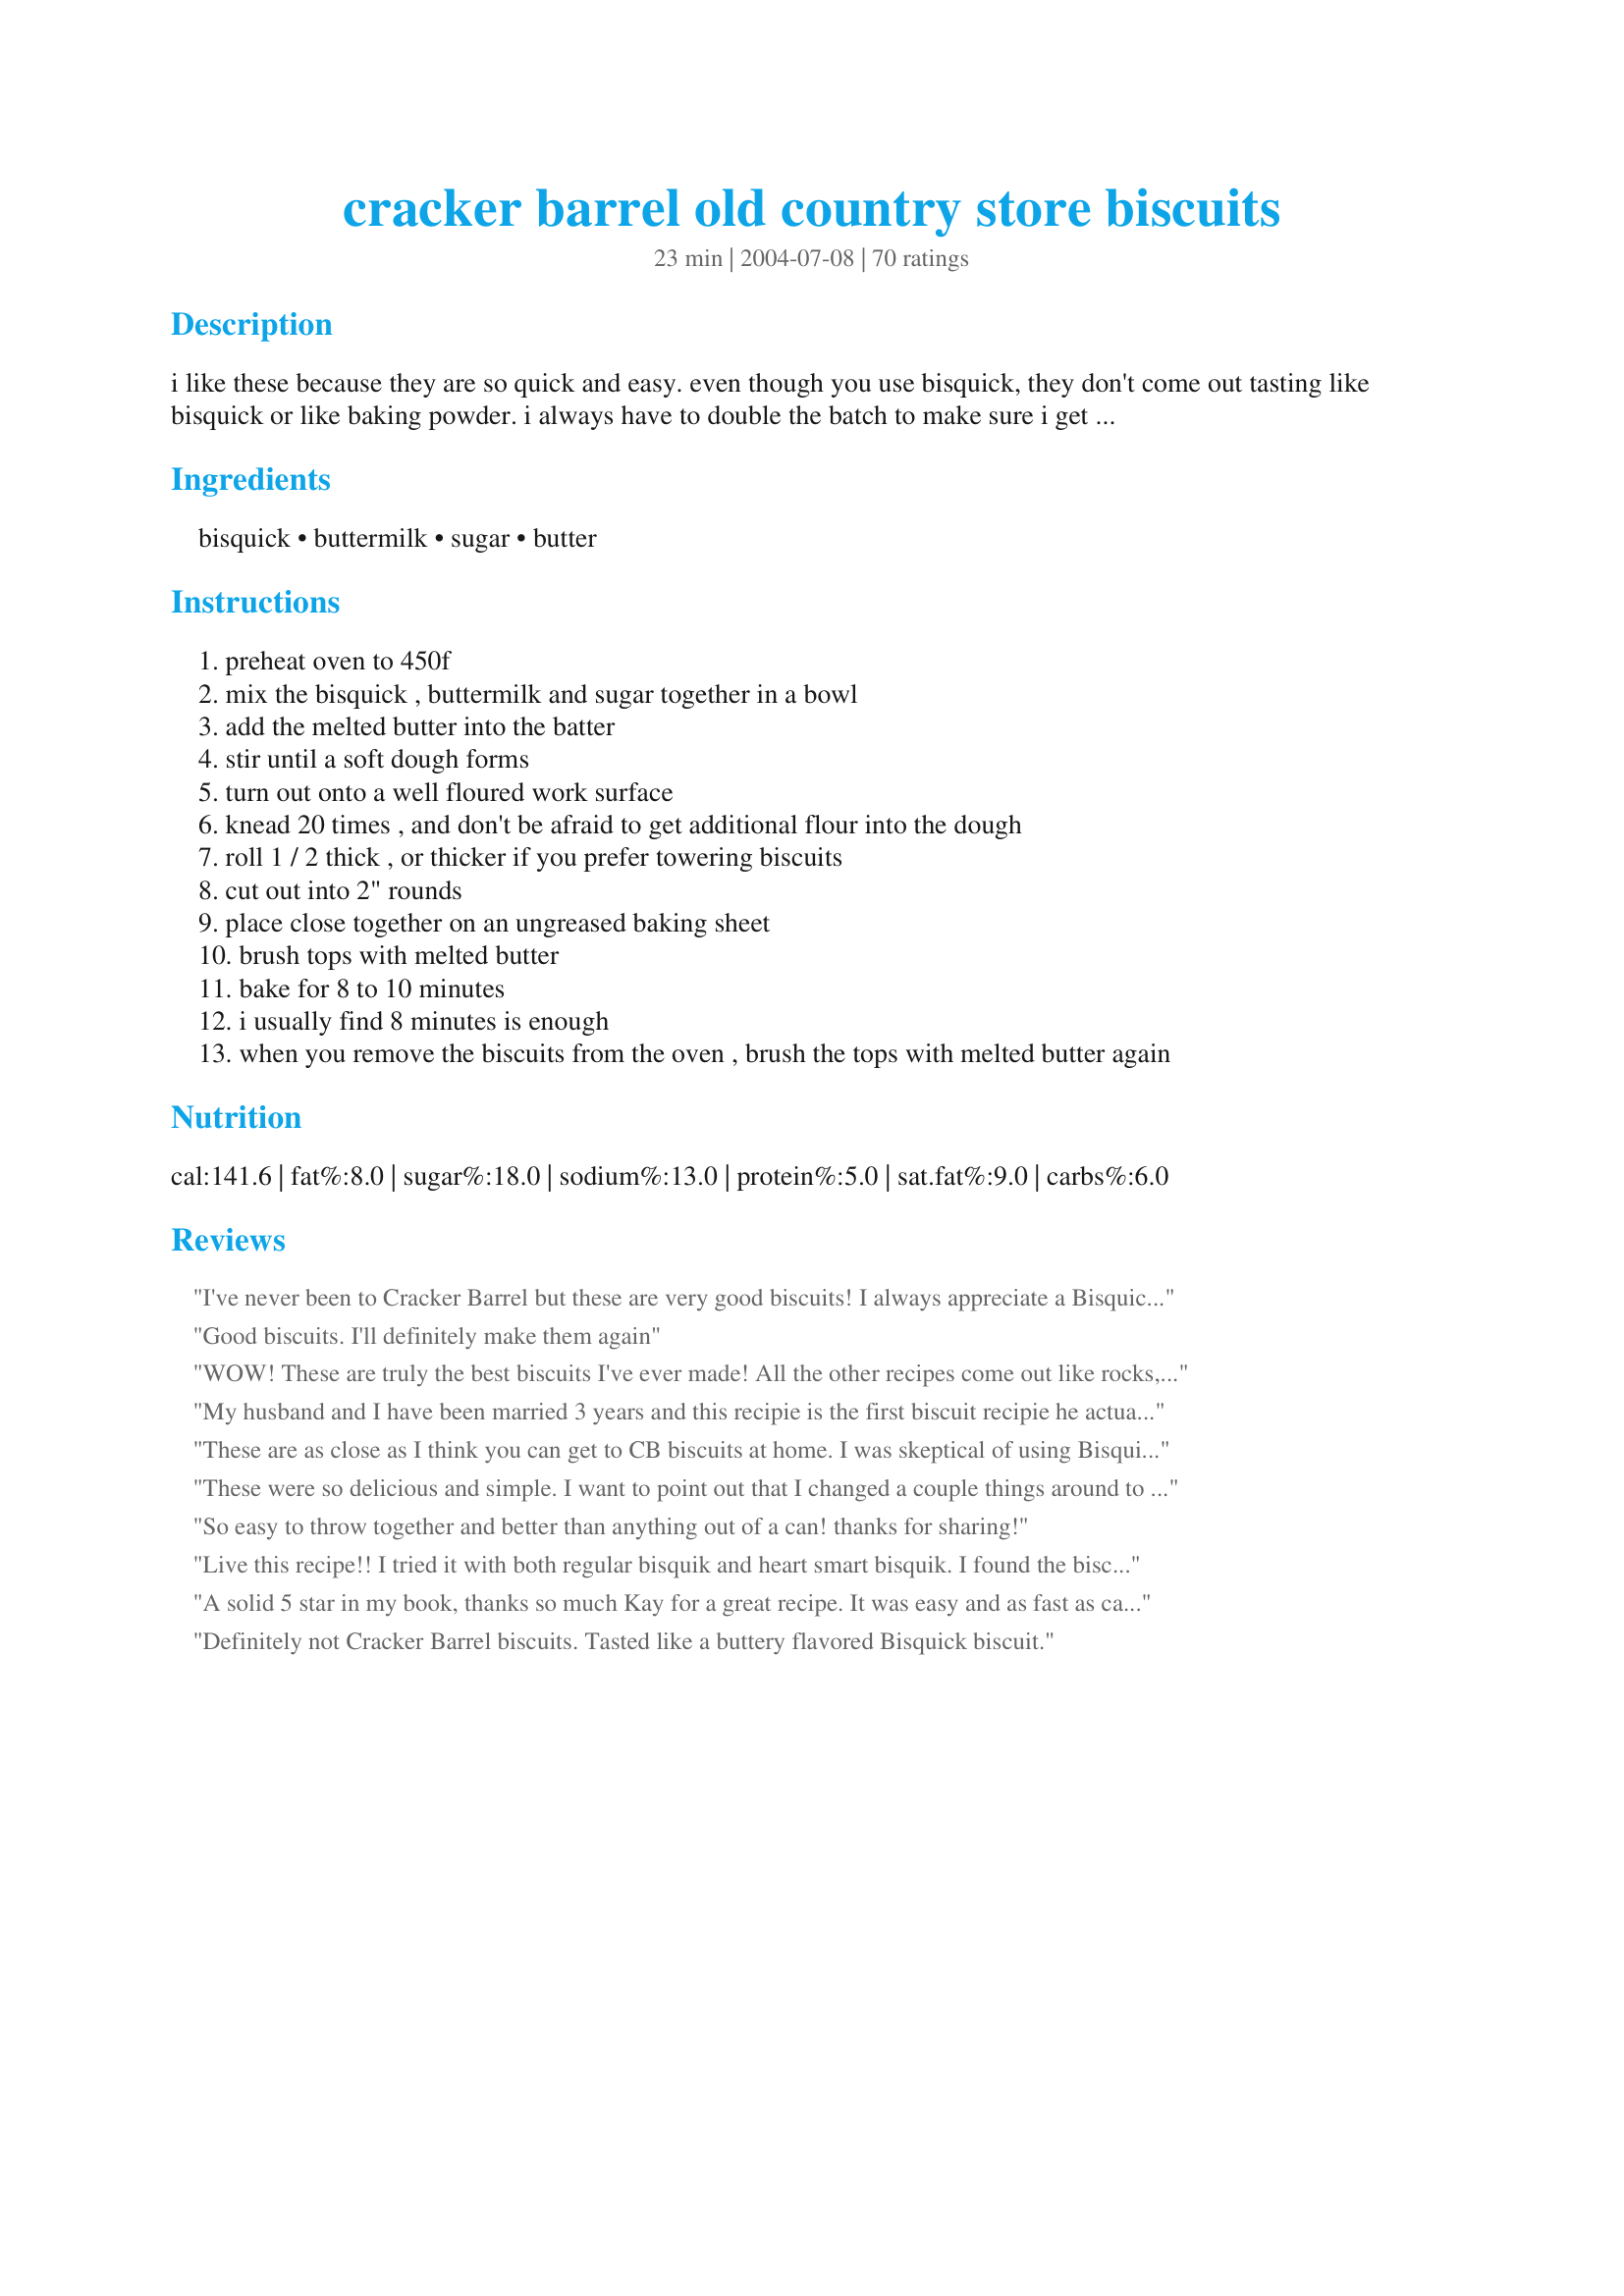
cracker barrel old country store biscuits
Preparation time: 23 minutes

i like these because they are so quick and easy. even though you use bisquick, they don't come out tasting like bisquick or like baking powder. i always have to double the batch to make sure i get some!

Ingredients:
bisquick, buttermilk, sugar, butter

Steps:
preheat oven to 450f
mix the bisquick , buttermilk and sugar together in a bowl
add the melted butter into the batter
stir until a soft dough forms
turn out onto a well floured work surface
knead 20 times , and don't be afraid to get additional flour into the dough
roll 1 / 2 thick , or thicker if you prefer towering biscuits
cut out into 2" rounds
place close together on an ungreased baking sheet
brush tops with melted butter
bake for 8 to 10 minutes
i usually find 8 minutes is enough
when you remove the biscuits from the oven , brush the tops with melted butter again

Reviews:
I've never been to Cracker Barrel but these are very good biscuits! I always appreciate a Bisquick recipe, since their rising is so reliable. I got 6 fairly large biscuits. Thanks Kay, for posting.

Roxygirl
Good biscuits. I'll definitely make them again
WOW! These are truly the best biscuits I've ever made! All the other recipes come out like rocks, but these were huge, fluffy, delicious biscuits. You're right when you say that the dough is very forgiving. I live in Puerto Rico, so dough recipes usually come out bad because of the extra flour I have to add due to the humidity, but not this one! I added probably 1/4 cup of extra flour because I dusted the surface with it and sprinkled a bit in the dough while I was kneading it, yet they still came out delicious! Plus, I didn't have buttermilk (it's nearly impossible to find in PR), so I had to use the vinegar and milk trick. I can imagine how delicious these are with real buttermilk. Thank you soooooo much for sharing! I don't think I've ever been so excited about biscuits before :0)<br/><br/>*Update: I reheated the biscuits from last night and they were still just as awesome. They didn't have that nasty reheated flavor that many bread products have when you microwave them. I made bacon, egg & cheese biscuits this morning. Mmmmm!
My husband and I have been married 3 years and this recipie is the first biscuit recipie he actually requested i make again. These are delicious and very simple!
These are as close as I think you can get to CB biscuits at home. I was skeptical of using Bisquick, so I made my own from a recipe I found on this website. Also, rather than buying buttermilk just for this recipe, I make my own my combining the milk (just shy of 2/3 cup) with about 2/3 Tbsp. of lemon juice and let sit for 5 minutes. These are so fabulous! I had been a homemade biscuit failure until I discovered this recipe!
These were so delicious and simple. I want to point out that I changed a couple things around to guarantee me a soft biscuit. 1) I sifted the flour. 2) I cut the kneading down to 10x rather than the suggested 20x. Also I agree with another reviewer don't skimp on the butter, be generous. I know butter is scary, but it really gives the biscuits such a nice flavor. Obviously these aren't something you should eat everyday haha, but they are good for a Sunday morning!
So easy to throw together and better than anything out of a can! 

thanks for sharing!
Live this recipe!! I tried it with both regular bisquik and heart smart bisquik. I found the biscuits made with heart smart bisquik to be significantly better as far as consistency of the biscuit and flavor. However, I didn&#039;t need to add the sugar, as heart smart bisquik is already sweeter than the regular bisquik.
A solid 5 star in my book, thanks so much Kay for a great recipe. It was easy and as fast as canned, but the taste, wow just like I remember the cracker barrel biscuits that we enjoy so much. They rise wonderful, look so nice enough for company and something you can do at the last minute when you've not planned anything. I'll be using this over and over again.
Definitely not Cracker Barrel biscuits. Tasted like a buttery flavored Bisquick biscuit.
I've always said that I can not make biscuits.... that was until today!
My 3 1/2 year old grand daughter & daughter in law stopped in just as they came out of the oven. Fabulous... my grand daughter said, Yum Grannie! These are soooo good.
Thank you!
These were good! I was worried at first because the dough was pretty wet and sticky - I'd suggest starting with a little less buttermilk and adding more until you have a good consistency - but the end result was nice and fluffy and good. I couldn't really tell if they tasted like Cracker Barrel's or not, but my mom said they did, and we all liked them regardless. I'll be making these again!
I've used this recipe twice now, and they are delicious! My husband says they are the best he's ever had! Thank you for sharing!
These biscuits maybe good but they are definitly NOT Cracker Barrel's recipe. I have a friend who works at one of their stores and makes biscuits there every day and this is NOT their recipe. They start with self rising floor, no bisquick is ever involved in then at all.
These biscuits were wonderful! They do taste almost identical to Cracker Barrel's recipe! It was a very easy dough to work. I love using Bisquick because it's ready to use.
Oh my gosh! These are so good! Thank you so much for the recipe...I have never made homemade biscuits before and I decided to try and they turned out perfect! My whole family loved them...I will definately be making these more often..I had to double the recipe for bigger biscuits, and I cut them out with a glass and used my cast iron skillet. They were fluffy and buttery! Again thanks!
Maybe operator error considering the previous reviews but mine didn't rise as others have described. They don't taste of Bisquick but are kind of heavy. I'll play with this again & see if my results vary. Thanks for posting!
I cut the recipe in half just to try it out and was amazed at how such a short and simple recipe could turn out such deeelicious biscuits! The only thing I did different was use 1% milk and and 1 tsp. of lemon juice. I'll be making these every week from now on. See ya Pillsbury with your high price biscuits!
The family here all had seconds on these! I baked them about 4 minutes longer than called for,but that could have been my oven. Served them with Bob Evans Sausage Gravy. (We couldn't decide which "restaurant to pick from tonight!)
These biscuits are great! I ended up making my own Bisquick with a Zaar copycat recipe and these still turned out great! Thanks for a great recipe.
Amazing! Followed recipe exactly. I hate to say it, but I find these better than Cracker Barrel's. (and I love that place!)
Very yummy!
Just wasted my time and resources. Dense and flat. Did everything per instruction.
These are DELICIOUS. I love cooking with buttermilk and these biscuits were quick and easy. This is a definite keeper recipe, and I hope to share these with a special gentleman in the future!
Wonderfully successful in a convection oven. I reduced the temperature by 50 degrees, placed the biscuits in a shallow cast-iron skillet, then baked somewhere around 12 to 15 minutes.
I am so anti-Bisquick...yet I've been seeing all these recipes using it that have me "curious" so I got a small box. I always make biscuits from scratch BUT I was so tired that I wanted a little shortcut. Fiance took a bite and hadn't even finished swallowing when he said "OH MY GOD, these are good!"...so I guess I'm not so anti-Bisquick after all. Thanks!
I can't believe I am the first to make and review this recipe. These biscuits are soooooooo good! Perfect in every way! The rise high, the are soft and tender and the flavor is amazing. They don't have a Bisquick flavor at all and they do taste like Cracker Barrell's yummy biscuits!
I topped mine with apple jelly and another one with honey. Delicious!
Very good biscuits. The dough is very tender. Nice flavor from the buttermilk.
These are AWESOME biscuits! I can't believe biscuits this good can be made from Bisquick! It's so fast and easy. I didn't have any buttermilk, so I used the trick of adding a little vinegar to regular milk to make my own. My biscuits turned out so light and fluffy. Thank you so much Kay for sharing your recipe. Believe me, I will be making these again and again!
I made these for breakfast this morning and they are wonderful! You really can't tell they were made with Bisquick (although I personally do not have a problem with the way Bisquick tastes). I used powdered buttermilk and accidentally put 2 tablespoons of butter but they still came out great! Thanks for posting.
In 30 years of hard core baking, this is without question the most exquisitely delicious biscuit recipe ever. I brushed mine with melted butter and honey. Good grief. Bury me in these biscuits.
These are terrific. Really fast to make, and rise as high as mountains. I double the recipe, then press the dough onto a pizza pan, and slice into squares with a knife. I've been using Pioneer Buscuit mix, and making my own buttermilk with 2Tbsp of lemon juice added to regular milk. I make these every 2 days, they are that popular. Great for homemade Sausage and Egg Breakfast buscuits.
A fast racipe that's easy to make. It resulted in nice hot fluffy homemade biscuits in no time at all. Delicious with butter and raspberry preserves! Thanks you for sharing your recipe with us Kay!
These are excellent tender biscuits. I can't believe the buttermilk made such a difference! This is my new favorite and easy biscuit recipe!
This was my first time making homemade biscuits, and I always love cracker barrel&#039;s biscuits, so I thought this would be a good place to start. This recipe was super easy and quick. They turned out good too, much better than canned biscuits. Next time I plan to add some salt and a little extra butter.
Made these for sausage gravy and oh boy, they are soooo good!!! Not a hint of bisquick taste, just a yummy, flakey biscuit with a hint of sweetness.
These are good if you like sweet biscuits but to compare them to cracker barrel's is like saying jiffy mix is just like old time iron skillet cornbread!
Can't beat this recipe for quick and easy with a homemade taste. These are so easy to do I can whip them up on school days for the kids in no time flat. Thanks for sharing this great recipe.
These came out great- I followed the recipe almost exactly - I used the sacco buttermilk powder mixed with water - this is an easy and foolproff recipe. Thanks so much.
made this again-- wonderful light and tasty-- and I thought I couldn't make biscuits-- THE BEST thanks agin
I have never left a review on anything BUT I can’t pass this by with all the 5 stars it has gotten. These biscuits are edible and I would say they are “ok” but anyone who has given them 5 stars clearly does not live in the south and has never had a southern homemade biscuit. If that’s the taste/texture you are going for, keep scrolling!!!
I've never made biscuits, bread, or anything from dough before, but these turned out excellent. They do taste like Cracker Barrel. I didn't have buttermilk, so I put some vinegar into the milk, stirred, and let it sit for 10 minutes. I'm using the left-overs to make cracker barrel meatloaf, which calls for their biscuits to be grated instead of crackers. Top notch biscuits.
These taste almost exactly like Cracker Barrel biscuits. I loved these. The only change I would make would be to try and skip the kneading, so the biscuits would be fluffier. I used regular buttermilk. Oh, and my biscuit bottoms cooled way quicker than the tops, so put them on the top rack.
Oh, my word these are good! made them for breakfast and my husband took one bite and said "delicious, best biscuits you ever made! Thanks for sharing!
A tasty biscuit similar, but not EXACTLY like the Cracker Barrel's. It was simple to prepare and tasty with the stew my mother made for dinner, tonight. I did not have buttermilk on hand so I used a buttermilk substitute (one tablespoon lemon juice to one cup milk)and I spritzed the tops of my biscuits with butter spray and they still came out warm and yummy!
These ar ethe best biscuits I have ever made!! Thanks for sharing!
One thing for sure Cracker Barrel does not use Bisquick. The thing that they use that makes them light and fluffy is lard.
I used by Baking Mix Aka "bisquick" Recipe #163739 which is made using whole wheat pastry flour. These bisuits do rise very high and are delicious. My yield was 7 towering bisuits.

Wow! I have been looking for a great biscuit recipe for years. This one is soooo good. I know it's made with bisquick, but I keep it on hand, so it's not a problem. Thank you so much!
These were delicious! Have to say the first time I tried them with a mix other than Bixquick and it did not work. With the Bisquick they were perfect. Quick and easy.
i'm sorry my family and i just really didn't care for these at all.
Fantastic-light and fluffy biscuits...not heavy like you would think, I would never think that a Bisquick recipe would be so impressive!
The only reason I give this a 4 star rating rather than a 5 is that these were so darn flaky they kind of fell apart while you were trying to butter and eat them but the taste is super! The only thing I did different from the recipe is halved it. Will make again you can bet! Thanks Kay
These are phenomenal and I consider myself a biscuit queen. The dough was incredibly soft. I didn&#039;t use a roller because they kind of just fell into place on my board. A few pats with my hands and good to go. This will be my go-to recipe!
The bisquick is as close as you will get to the "dry mix" used for those biscuits. Made from shortening and self rising flour we made up "pounds" of it at a time and used it all on morning shifts. But no sugar was ever put in the original. Sr flour, shortening and buttermilk then real butter brushed on top. I've made millions!! And handle them e-a-s-y!! Happy baking!
These were some great biscuits......cooked in a cast iron skillet.....this one is for keeps.
This was a great recipe! I used the powdered buttermilk and reduced fat Bisquick and they turned out beautifully-great biscuity taste. The only thing I will do differently next time is roll them a bit thicker so they rise higher, but other than that I wouldn't change a thing.
This was a fantastic recipe. My husband should own stock in Cracker Barrel he loves the biscuits so much. When he tasted this recipe he said we were definatly in trouble. It looks like I will be making them 7 days a week for a while. 
Thanks
Perfect! love these .
This is my first attempt at biscuits using a recipe. My mom doesn't cook with recipes; she uses "a splash of this" and a "little bit of that". However, I am unable to cook without a recipe. I was so excited to find this one because it seemed easy, and it was! I didn't have buttermilk, so I used regular milk, and it took my biscuits 12 minutes to bake, and they are delicious!
I can't tell you how pleased I am with this recipe! The last time I tried to make homemade buttermilk biscuits I slaved for ages and ended up with flat hockey pucks...so disappointing. So I was a bit leary to try this but really don't much care for the canned biscuits either, so I was determined. Well, it's been so many years since I had Cracker Barrel's that I don't remember how they taste, so I can't rate on that basis, but these were EASY, FAST, and YUMMY! I rolled too thin too and got more like 16 biscuits, but that was fine. Thought I'd have enough for a couple of meals, but between my husband, 3 year old son, 1 year old daughter, and me...they were all gone the night I made them. I will totally keep this recipe and make it again and again, thank you!
These are good biscuits. But I have been trying for years to replicate cracker barrel's biscuits, and these are definitely not like cracker barrel's. Nothing I have found comes close to the lightness and fluffiness of cracker barrel's.
These are awesome! I made "recipe #16813" as I try not to buy things I can make myself. There is one left from dinner and I intend to get it!! Thank you Kay for sharing this great little recipe!
I'm pretty sure there was some user error with this recipe. First, I've never kneaded dough before, so I wasn't entirely sure what I was supposed to be doing. I saw kneading on a "Little House on the Prairie" episode once, so I just did what Caroline did :) The biscuits didn't rise all that much, but even so they tasted wonderful, and were way better than the store-bought canned biscuits, and everybody plowed through them. Thank you for a great recipe!
P.S. If anybody has a really simple way of explain "kneading" please let me know :)
UPDATED: Haha, I just looked at the serving size... 10 biscuits... I think mine didn't rise cause I must have rolled them too thin... I ended up with about 20+ biscuits.
I have to say, not bad. Mine certainly looked like the ones from Cracker barrel, but the taste is different for sure. But they&#039;re still a big step up from frozen or canned biscuits. I rolled mine a bit thin as well and found that baking them at 6 min made them perfect. Will make again.
Mine did not rise as high but certainly did not have the bisquick taste. I used low fat bisquick, fat free buttermilk, and spray butter on the top. I doubled the recipe and cut them out with a glass. Easy to make and very tasty to dip into <a href="/143540">Spicy Black Bean Soup</a> on a cold windy night.
These are really good and quick. Used a little vinegar in the milk instead of buttermilk. Baked for 8 minutes and they were perfect with my sausage gravy.
I have to say I was very disappointed with this recipe!

I go to Cracker Barrel all the time and these were not even remotely close.

I did not care for them at all.
Two stars for convience. This is not a recipe I would use unless pressed for time. Could use maybe a half tsp. of salt for taste (which was flat) and split the buttermilk with whole milk to lessen the buttermilk aftertaste.
Beautiful! I’m so glad I found this. Thank you!
